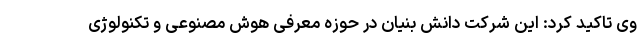
وی تاکید کرد: این شرکت دانش بنیان در حوزه معرفی هوش مصنوعی و تکنولوژی